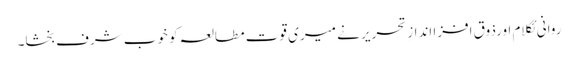
روانی ئکلام اورذوق افزا اندازِ تحریر نے میری قوت مطالعہ کو خوب شرف بخشا۔